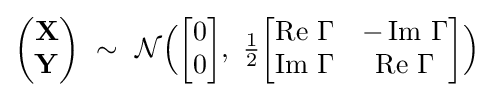
{\begin{pmatrix}\mathbf {X} \\\mathbf {Y} \end{pmatrix}}\ \sim \ {\mathcal {N}}{\Big (}{\begin{bmatrix}0\\0\end{bmatrix}},\ {\tfrac {1}{2}}{\begin{bmatrix}\operatorname {Re} \,\Gamma &-\operatorname {Im} \,\Gamma \\\operatorname {Im} \,\Gamma &\operatorname {Re} \,\Gamma \end{bmatrix}}{\Big )}